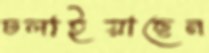
ঢলাইয়াছেন